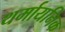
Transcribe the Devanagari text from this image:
थर्मायनिक